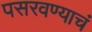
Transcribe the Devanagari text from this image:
पसरवण्याचं